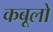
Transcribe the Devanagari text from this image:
कबूलो